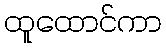
ထူထောင်ကာ